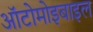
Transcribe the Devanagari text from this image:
ऑटोमोइबाइल